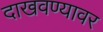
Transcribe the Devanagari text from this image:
दाखवण्यावर